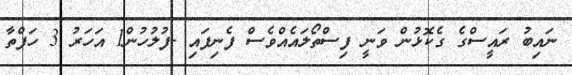
ނައިބު ރައީސްގެ ގެކޮޅުން ވަނީ ފިސްތޯލައެއްވެސް ފެނިފައި -ފުލުހުން1 އަހަރު 3 ހަފްތާ